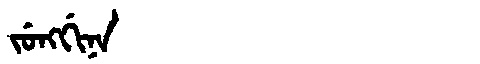
Manchu: ᠵᡠᠩᡤᡳᠨᠠ
Romanization: JUNGGINA